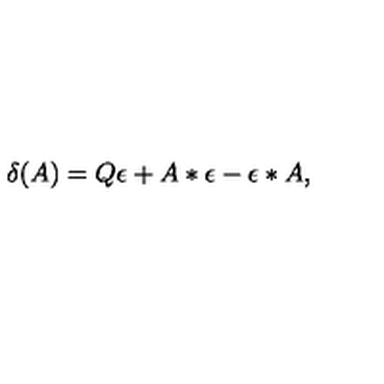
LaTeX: \delta ( A ) = Q \epsilon + A * \epsilon - \epsilon * A ,